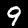
Digit: 9